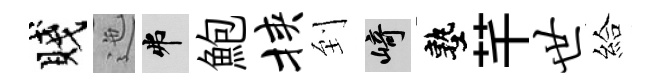
賤迤弗鮑挟到崎塾芊世給